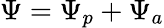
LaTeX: \Psi=\Psi_{p}+\Psi_{a}